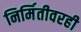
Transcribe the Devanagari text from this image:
निर्मितीवरही